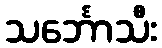
သင်္ဘောသီး